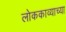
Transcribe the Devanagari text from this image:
लोककाव्याच्या